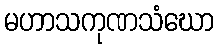
မဟာသကုဏသံဃော